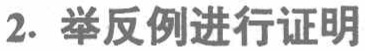
2. 举反例进行证明